Materia medica of Madras volume I
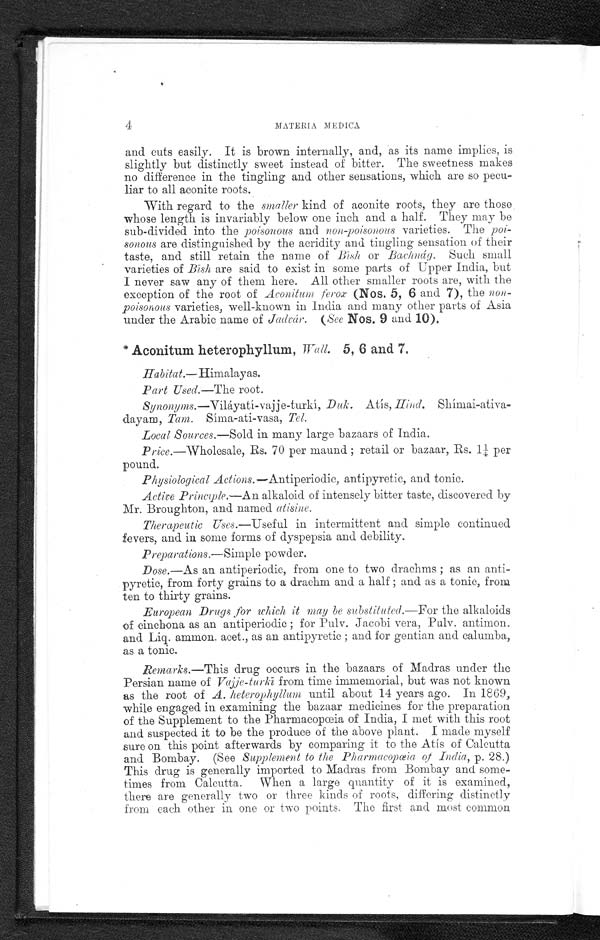
4
MATERIA MEDICA
and cuts easily. It is brown internally, and, as its name implies, is
slightly but distinctly sweet instead of' bitter. The sweetness makes
no difference in the tingling and other sensations, which are so pecu--
liar to all aconite roots
.
With regard to the smaller kind of aconite roots, they are those
whos e l e ngt h i s i nva r i a bl y be l ow one i nc h a nd a ha l f . The y ma y be
sub-divided into the poisonous and non-poisonous varieties. The poi
- s o n o u sa r e di s t i ngui s he d by t he a c r i di t y a nd t i ngl i ng s e ns a t i on of t he i r
taste, and still retain the name of Bī s h o r B a c h n á g . Such small
var i et i es of Bī s har e s ai d t o exi s t i n s ome par t s of Upper I ndi a, but
I never saw any of them here. All other smaller roots are, with the
exception of the root of Aconitum ferox (Nos. 5, 6 and 7) , the non--
poisonous varieties, well-known in India and many other parts of Asia
under the Arabic name of Jadvár. (See Nos. 9 and 10) .
* Aconitum heterophyllum, Wall. 5, 6 and 7.
Habitat.— Himalayas.
Part Used.—The root.
Synonyms. —Viláyatí-vajje-turkí, Duk. Atís, Hind. Shímai-ativa
-dayam, Tam. Síma-ati-vasa, Tel.
Local Sources.—Sold in many large bazaars of India.
Price.—Wholesale, Rs. 70 per maund ; retail or bazaar, Rs. 1¼ Per
pound.
Physiological Actions. —Antiperiodic, antipyretic, and tonic.
Active Principle.— An alkaloid of intensely bitter taste, discovered by
Mr. Broughton, and named atisine.
Therapeutic Uses .—Useful in intermittent and simple continued
fevers, and in some forms of dyspepsia and debility.
Preparations .— Simple powder.
Dose.—As an antiperiodic, from one to two drachms ; as an anti
-pyretic, from forty grains to a drachm and a half ; and as a tonic, from
ten to thirty grains.
European Drugs for which it may be substituted.— For the alkaloids
of cinchona as an antiperiodic ; for Pulv. Jacobi vera, Pulv. antimon.
and Liq. ammon. acet., as an antipyretic ; and for gentian and calumba,
as a tonic.
Remarks.—This drug occurs in the bazaars of Madras under the
Persian name of Vajje-turkī f r o m t i m e i m m e m o r i a l , b u t w a s n o t k n o w n
as the root of A. heterophyllumu n t i l a b o u t 1 4 y e a r s a g o . I n 1 8 6 9 ,
while engaged in examining the bazaar medicines for the preparation
o f t h e S u p p l e m e n t t o t h e P h a r m a c o p œ i a o f I n d i a , I m e t w i t h t h i s r o o t
and suspected it to be the produce of the above plant. I made myself
sure on this point afterwards by comparing it to the Atís of Calcutta
and Bombay. (See Supplement to the Pharmacopœia of India, p . 2 8 . )
This drug is generally imported to Madras from Bombay and some-
-times from Calcutta. When a large quantity of it is examined,
there are generally two or three kinds of roots, differing distinctly
from each other in one or two points. The first and most common